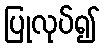
ပြုလုပ်၍